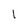
Character: l